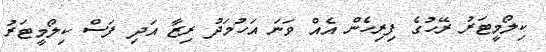
ކިލޯމީޓަރު ރޭހުގެ ފިރިހެން އެއް ވަނަ އަހުމަދު ރިޒާ އަދި ފަސް ކިލޯމީޓަރު